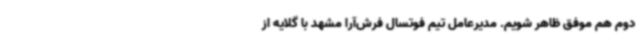
دوم هم موفق ظاهر شویم. مدیرعامل تیم فوتسال فرش‌آرا مشهد با گلایه از